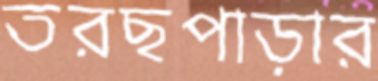
তরছপাড়ার